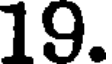
19.